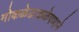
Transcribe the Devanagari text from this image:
मोकळेढाकळेपणाने